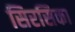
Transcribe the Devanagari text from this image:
सिरसिका